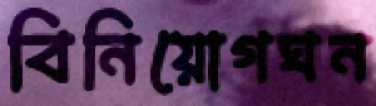
বিনিয়োগঘন